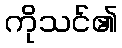
ကိုသင်၏